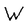
Character: W